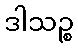
ဒါသဉ္စ